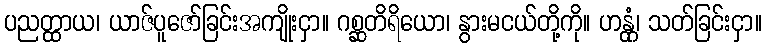
ပညတ္ထာယ၊ ယာဇ်ပူဇော်ခြင်းအကျိုးငှာ။ ဂစ္ဆတိရိယော၊ နွားမငယ်တို့ကို။ ဟန္တုံ၊ သတ်ခြင်းငှာ။